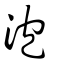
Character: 泡